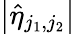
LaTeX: \big|\hat{\eta}_{j_{1},j_{2}}\big|